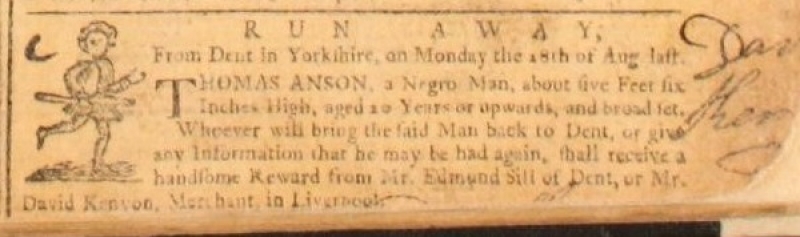
Williamson’s Liverpool Advertiser and Mercantile Register, 8 September 1758 (England)
RUN AWAY,From Dent in Yorkshire, on Monday the 28th of Aug last. THOMAS ANSON, a Negro Man, about five Feet six Inches High, aged 20 Years or upwards, and broad set. Whoever will bring the said Man back to Dent, or give any Information that he may be had again, shall receive a handsome Reward from Mr. Edmund Sill of Dent, or Mr. David Kenyon, Merchant in Liverpool.